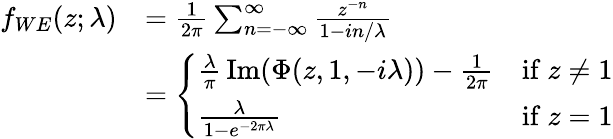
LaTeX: {\begin{array}{rl}{f_{WE}(z;\lambda)}&{={\frac{1}{2\pi}}\sum_{n=-\infty}^{\infty}{\frac{z^{-n}}{1-in/\lambda}}}\\ &{={\left\{ \begin{array}{ll}{{\frac{\lambda}{\pi}}\, {\textrm{Im}}(\Phi(z,1,-i\lambda))-{\frac{1}{2\pi}}}&{{\mathrm{if~}}z\neq 1}\\ {{\frac{\lambda}{1-e^{-2\pi\lambda}}}}&{{\mathrm{if~}}z=1}\end{array}\right.}}\end{array}}